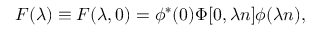
{ \cal F } ( \lambda ) \equiv { \cal F } ( \lambda , 0 ) = \phi ^ { * } ( 0 ) \Phi [ 0 , \lambda n ] \phi ( \lambda n ) ,